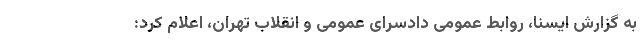
به گزارش ایسنا، روابط عمومی دادسرای عمومی و انقلاب تهران، اعلام کرد: